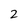
Character: 2